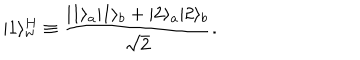
| 1 \rangle _ { w } ^ { H } \equiv { \frac { | 1 \rangle _ { a } | 1 \rangle _ { b } + | 2 \rangle _ { a } | 2 \rangle _ { b } } { \sqrt { 2 } } } .